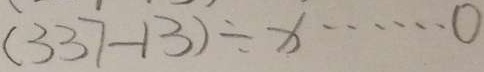
( 3 3 7 - 1 3 ) \div x \cdots 0